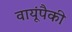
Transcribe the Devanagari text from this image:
वायूंपैकी